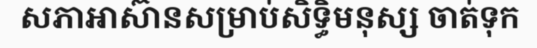
សភាអាស៊ានសម្រាប់សិទ្ធិមនុស្ស ចាត់ទុក